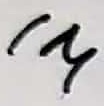
Text: 1M